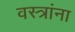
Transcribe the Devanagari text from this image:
वस्त्रांना